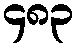
၄၈၃